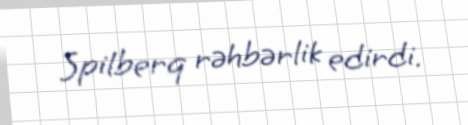
Spilberq rəhbərlik edirdi.